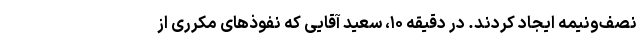
نصف‌ونیمه ایجاد کردند. در دقیقه ۱۰، سعید آقایی که نفوذهای مکرری از